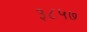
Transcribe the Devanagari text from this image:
३८५७